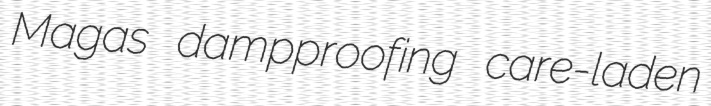
Magas dampproofing care-laden